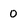
Character: 0